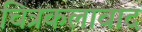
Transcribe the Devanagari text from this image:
चित्रकलावाद